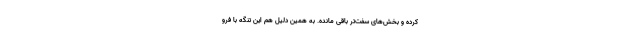
کرده و بخش‌های سفت‌تر باقی مانده. به همین دلیل هم این تنگه با فرو